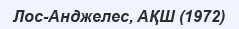
Лос-Анджелес, АҚШ (1972)